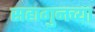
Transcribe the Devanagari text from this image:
सहागुनच्या